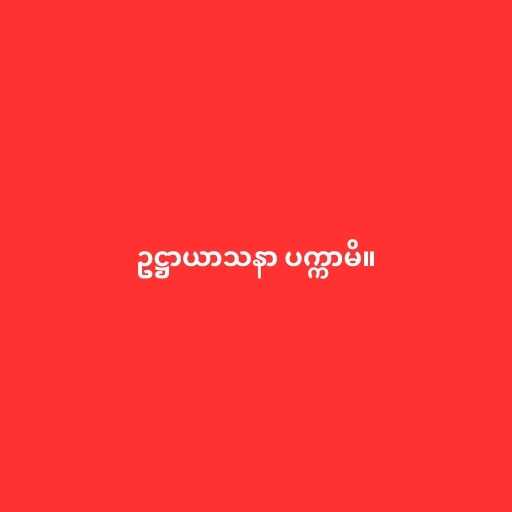
ဥဋ္ဌာယာသနာ ပက္ကာမိ။